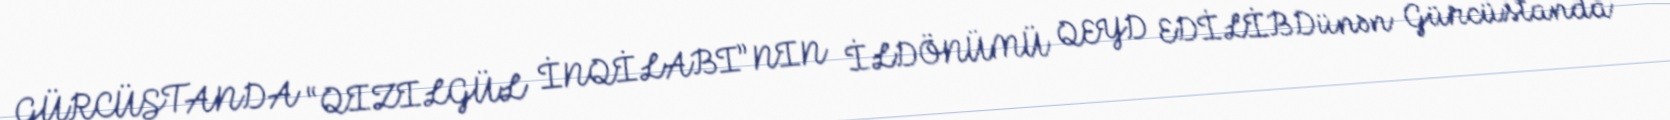
GÜRCÜSTANDA “QIZILGÜL İNQİLABI”NIN İLDÖNÜMÜ QEYD EDİLİBDünən Gürcüstanda